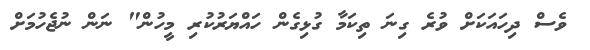
ވެސް ދިހައަކަށް ވުރެ ގިނަ ތިކަމާ ގުޅިގެން ހައްޔަރުކުރި މީހުން" ނަން ނުޖެހުމަށް